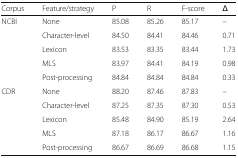
| Corpus | Feature/strategy | P | R | F-score | Δ |
 | --- | --- | --- | --- | --- | --- |
 | <ROWSPAN=5> NCBI | None | 85.08 | 85.26 | 85.17 | – |
 | Character-level | 84.50 | 84.41 | 84.46 | 0.71 |
 | Lexicon | 83.53 | 83.35 | 83.44 | 1.73 |
 | MLS | 83.97 | 84.41 | 84.19 | 0.98 |
 | Post-processing | 84.84 | 84.84 | 84.84 | 0.33 |
 | <ROWSPAN=5> CDR | None | 88.20 | 87.46 | 87.83 | – |
 | Character-level | 87.25 | 87.35 | 87.30 | 0.53 |
 | Lexicon | 85.48 | 84.90 | 85.19 | 2.64 |
 | MLS | 87.18 | 86.17 | 86.67 | 1.16 |
 | Post-processing | 86.67 | 86.69 | 86.68 | 1.15 |